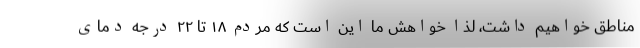
مناطق خواهیم داشت، لذا خواهش ما این است که مردم ۱۸ تا ۲۲ درجه دمای